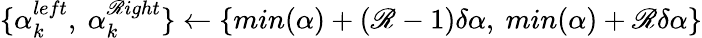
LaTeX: \{ {\alpha}_{k}^{left},\ {\alpha}_{k}^{\mathscr{R}ight}\} \gets\{ min(\alpha)+(\mathscr{R}-1)\delta\alpha,\ min(\alpha)+\mathscr{R}\delta\alpha\}